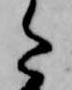
た